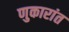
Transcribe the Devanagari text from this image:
णुकारांत